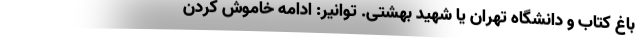
باغ کتاب و دانشگاه تهران یا شهید بهشتی. توانیر: ادامه خاموش کردن